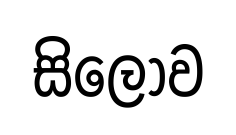
සිලෝව